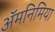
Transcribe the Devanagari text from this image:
ॲमनिमिया